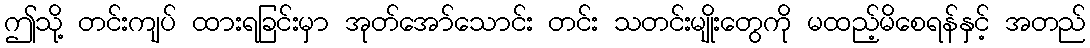
ဤသို့ တင်းကျပ် ထားရခြင်းမှာ အုတ်အော်သောင်း တင်း သတင်းမျိုးတွေကို မထည့်မိစေရန်နှင့် အတည်